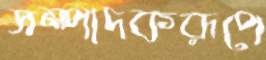
সম্পাদকরূপে